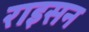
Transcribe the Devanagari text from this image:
राइसन